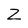
Character: Z